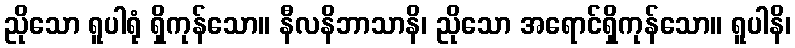
ညိုသော ရူပါရုံ ရှိကုန်သော။ နီလနိဘာသာနိ၊ ညိုသော အရောင်ရှိကုန်သော။ ရူပါနိ၊